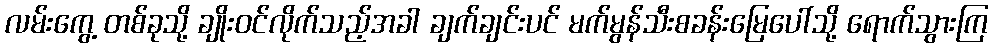
လမ်းကွေ့ တစ်ခုသို့ ချိုးဝင်လိုက်သည့်အခါ ချက်ချင်းပင် မက်မွန်သီးစခန်းမြေပေါ်သို့ ရောက်သွားကြ